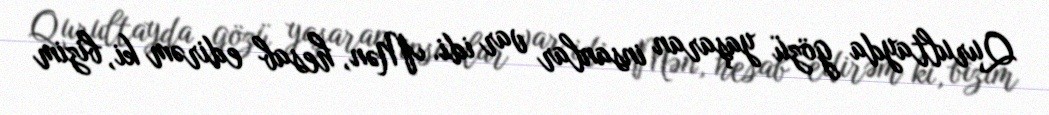
Qurultayda gözü yaşaran insanlar var idi. Mən, hesab edirəm ki, bizim